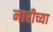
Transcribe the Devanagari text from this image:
नारीच्या